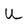
Character: U